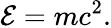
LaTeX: \mathcal{E}=mc^{2}.